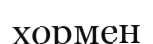
хормен